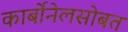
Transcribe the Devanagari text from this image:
कार्बोनेलसोबत